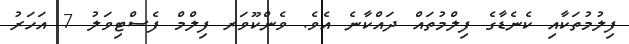
ފިލުމުތަކާއި ކެނެޑާގެ ފިލްމުތައް ދައްކާނެ އެވެ. ވެންކޫވަރ ފިލްމް ފެސްޓިވަލު 7 އަހަރު